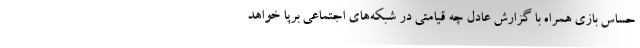
حساس بازی همراه با گزارش عادل چه قیامتی در شبکه‌های اجتماعی برپا خواهد